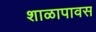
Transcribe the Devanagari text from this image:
शाळापावस